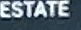
ESTATE